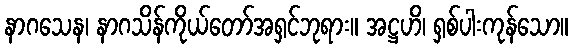
နာဂသေန၊ နာဂသိန်ကိုယ်တော်အရှင်ဘုရား။ အဋ္ဌဟိ၊ ရှစ်ပါးကုန်သော။